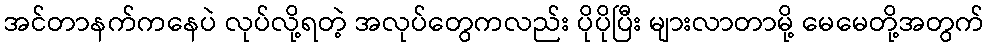
အင်တာနက်ကနေပဲ လုပ်လို့ရတဲ့ အလုပ်တွေကလည်း ပိုပိုပြီး များလာတာမို့ မေမေတို့အတွက်